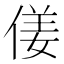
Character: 𠋄